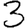
Digit: 3